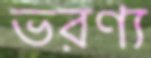
ভরণ্য